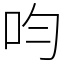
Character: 呁